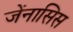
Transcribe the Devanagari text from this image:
जेंनासिस